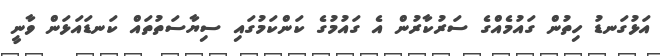
އަޅުގަނޑު ހިތުން ގައުމެއްގެ ސަރުކާރުން އެ ގައުމުގެ ކަންކަމުގައި ސިޔާސަތުތައް ކަނޑައަޅަން ވާނީ